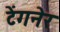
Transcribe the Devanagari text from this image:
टेंगनेर